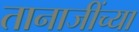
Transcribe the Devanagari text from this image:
तानाजींच्या